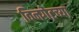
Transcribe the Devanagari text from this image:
विनगेटच्या